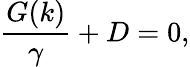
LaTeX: \frac{G(k)}{\gamma}+D=0,